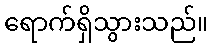
ရောက်ရှိသွားသည်။